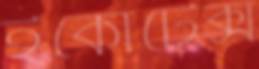
ইকোটেক্স